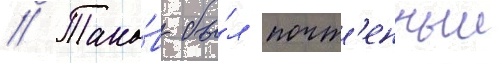
// Тако́в бы́л почт'енныи